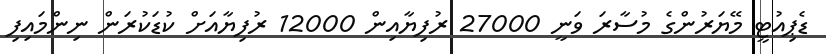
ޑެޕިއުޓީ މޭޔަރުންގެ މުސާރަ ވަނީ 27000 ރުފިޔާއިން 12000 ރުފިޔާއަށް ކުޑަކުރަން ނިންމައިިފި